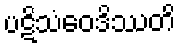
ပဋိသံဝေဒိဿတိ